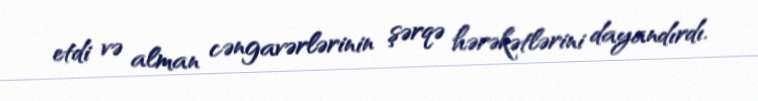
etdi və alman cəngavərlərinin şərqə hərəkətlərini dayandırdı.